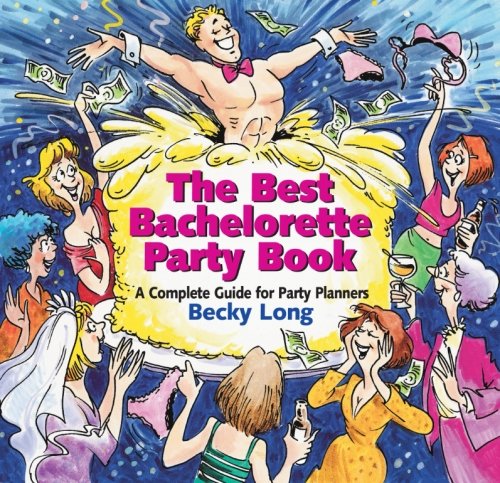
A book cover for The Best Bachelorette Party Book; Becky Long; Crafts, Hobbies & Home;